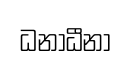
ධනාධීනා